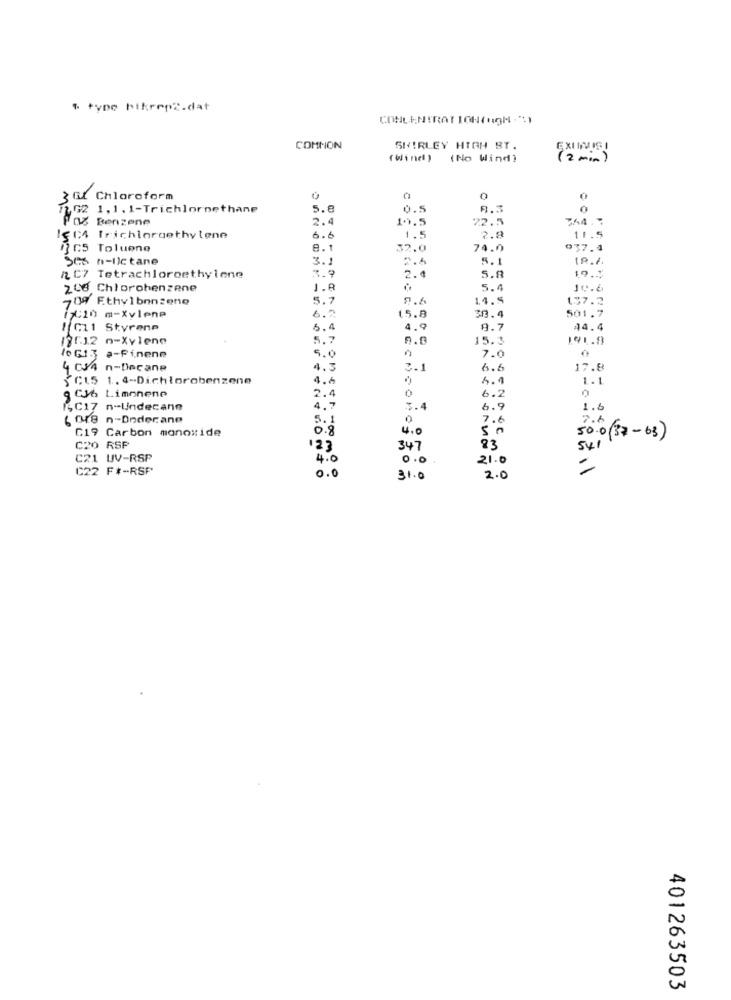
" type hikrenz.dat
CONCENTRATION(HIGH."1
COMMON
SHIRLEY HIGH ST.
EXI INVISI
( wine )
(No Wind)
(2 min)
3 G1 Chloroform
0
7262 1, 1. 1-Trichlornethane
5.8
8.5
POZ Benzene
2.4
1.1.5
72.5
344.7
1.5
1564 Trichlorgethylene
6.
2.9
11.5
PC5 Toluene
e.
32.0
74.0
937.4
Ses n-lictane
3.1
2.6
5.1
19.1.
2 C7 Tetrachloroethylene
2.
5.8
19.5
200 Chlorobenzene
J.8
5.4
19.6
709 Ethylbenzene
5.7
9.6
14.5
137.2
501.7
(10) a-Xylene
6.2
15.8
30.4
1 011 Styrene
6.4
4.9
8.7
44.4
12512 o-Xvlene
5.7
0.0
15.3
191.8
10 G13 a-Pinene
5.0
7.0
4 CSA n-Decane
4.5
3.1
6.6
17.8
5 C15 1. 4-Dichlorobenzene
4.6
1.1
0
9 Cb Limonene
2.4
0
6.2
IsC17 n-Uindecano
4.7
3.4
6.9
1.6
6 018 n-Dodecane
5.
0
7.6
7.6
C19 Carbon monoxide
0.8
4.0
50
50.0(37-63)
C20 RSP
123
347
83
54 1
C21 UV-RSP
4.0
0.0.
21.0
C22 F#-RSP
=
0.0
31.0
2.0
401263503